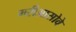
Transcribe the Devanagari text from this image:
मरीआसोवे